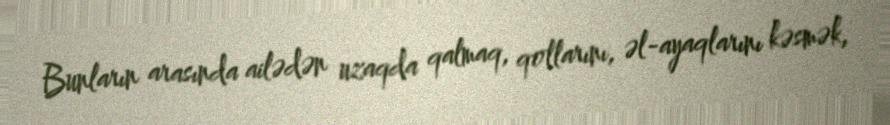
Bunların arasında ailədən uzaqda qalmaq, qollarını, əl-ayaqlarını kəsmək,